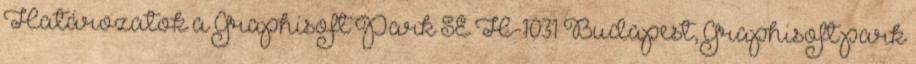
Határozatok a Graphisoft Park SE H-1031 Budapest, Graphisoft park